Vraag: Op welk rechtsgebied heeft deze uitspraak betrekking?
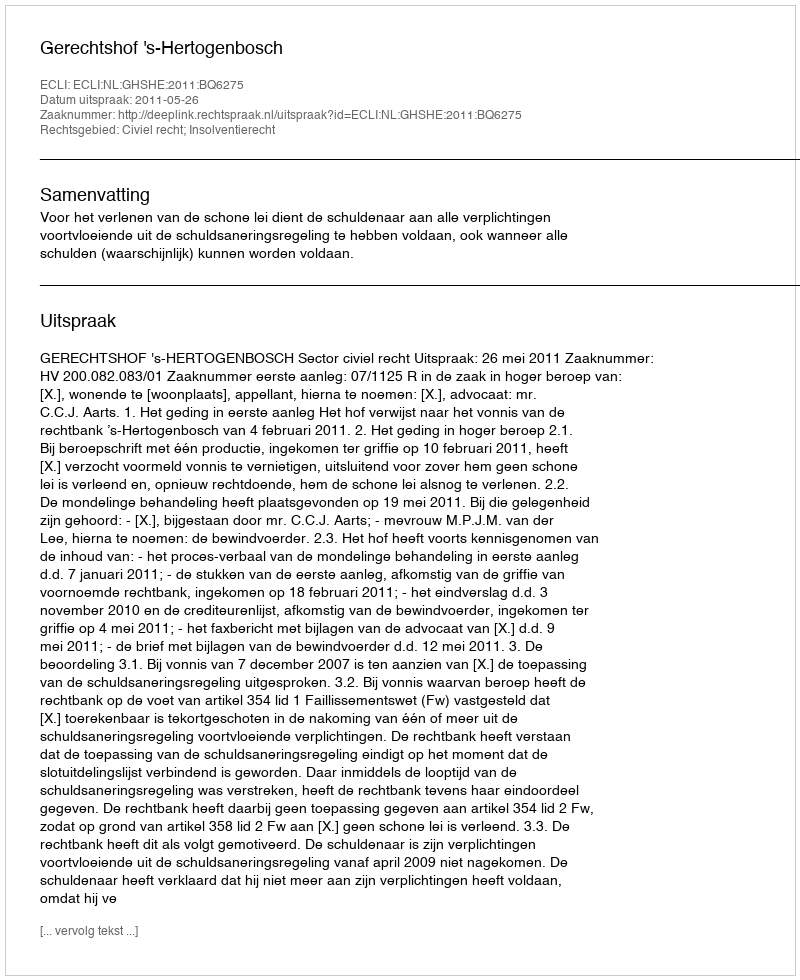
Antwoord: Civiel recht; Insolventierecht